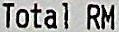
TOTAL RM